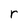
Character: r